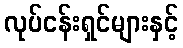
လုပ်ငန်းရှင်များနှင့်